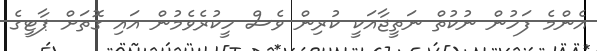
އެންމެ ފަހުން ނުކުތް ނަތީޖާއަކީ ކުރިން ވެސް ހީކުރެވެމުން އައި ގޮތަށް ޕާޓީގެ